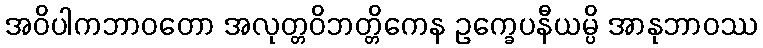
အဝိပါကဘာဝတော အလုတ္တဝိဘတ္တိကေန ဥက္ခေပနီယမ္ပိ အာနုဘာဝဿ